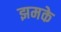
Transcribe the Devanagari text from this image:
झमके